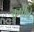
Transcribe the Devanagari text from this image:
कृषींचे